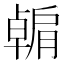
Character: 𫆶